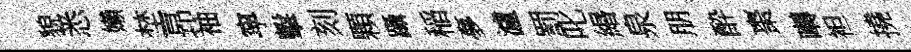
貌悉嬾埜昻袖寜擊刻顆躡稲夣瀘罰叱緡泉朋酔棗囀袒撓